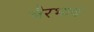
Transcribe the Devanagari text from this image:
बैरभाव